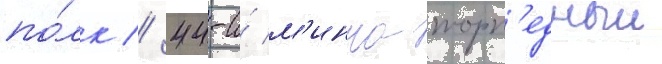
по́лк // 44-и́ м'инно-торп'едныи